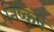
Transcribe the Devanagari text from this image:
निष्कर्ष